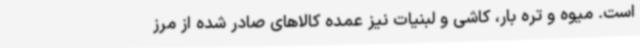
است. میوه و تره بار، کاشی و لبنیات نیز عمده کالاهای صادر شده از مرز